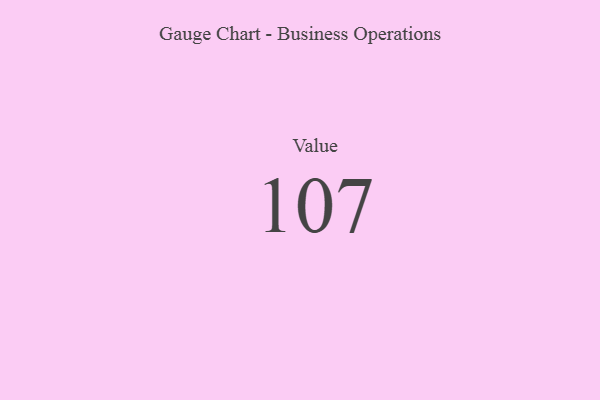
{"axis": {"x": "Metric", "y": "Value"}, "legend": [""], "data": [{"x": "Value", "y": 107, "type": ""}]}